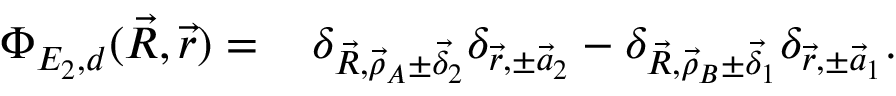
\begin{array} { r l } { \Phi _ { E _ { 2 } , d } ( \vec { R } , \vec { r } ) = \, } & { \delta _ { \vec { R } , \vec { \rho } _ { A } \pm \vec { \delta } _ { 2 } } \delta _ { \vec { r } , \pm \vec { a } _ { 2 } } - \delta _ { \vec { R } , \vec { \rho } _ { B } \pm \vec { \delta } _ { 1 } } \delta _ { \vec { r } , \pm \vec { a } _ { 1 } } . } \end{array}